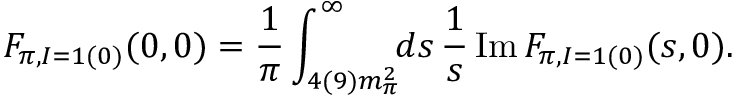
F _ { \pi , I = 1 ( 0 ) } ( 0 , 0 ) = \frac { 1 } { \pi } \int _ { 4 ( 9 ) m _ { \pi } ^ { 2 } } ^ { \infty } \! \! d s \, \frac { 1 } { s } \, \mathrm { I m } \, F _ { \pi , I = 1 ( 0 ) } ( s , 0 ) .